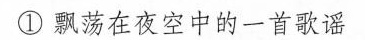
①飘荡在夜空中的一首歌谣